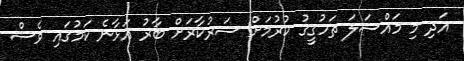
އަދި މި މައްސަލަ ތަހުގީގު ކުރުމަށް ސަރުކާރަށް ބާރު އަޅާނެ ކަމުގައި ވެސް